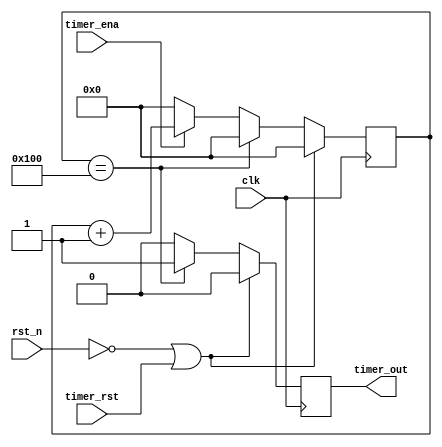
module timer # (
    parameter   MAX = 256
    )
(
    input       clk,    // Clock
    input       rst_n,  // Asynchronous reset active low

    input       timer_ena,
    input       timer_rst,

    output reg      timer_out

);

reg [31:0]       timer_cnt;

always @(posedge clk) begin
    if(~rst_n || timer_rst) begin
        timer_out <= 0;
        timer_cnt <= 0;
    end
    else begin
        timer_out <= 0;
        if (timer_cnt == MAX) begin
            timer_out <= 1;
            timer_cnt <= 0;
        end
        else if (timer_ena) begin
            timer_cnt <= timer_cnt + 1'd1;
        end
        else begin
            timer_cnt <= 0;
        end
    end
end

endmodule